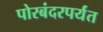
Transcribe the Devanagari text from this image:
पोरबंदरपर्यंत